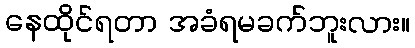
နေထိုင်ရတာ အခံရမခက်ဘူးလား။